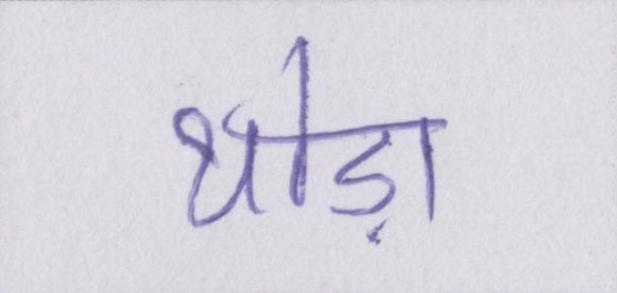
थोड़ा